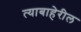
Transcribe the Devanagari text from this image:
त्याबाहेरील